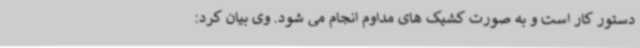
دستور کار است و به صورت کشیک های مداوم انجام می شود. وی بیان کرد: